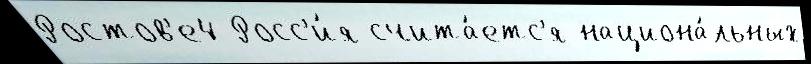
Ростов'е4 Росс'и́я счита́етс'я национа́льных